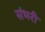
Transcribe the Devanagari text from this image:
संभरी